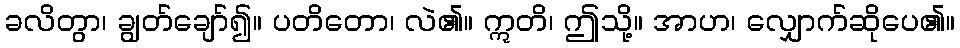
ခလိတွာ၊ ချွတ်ချော်၍။ ပတိတော၊ လဲ၏။ ဣတိ၊ ဤသို့။ အာဟ၊ လျှောက်ဆိုပေ၏။